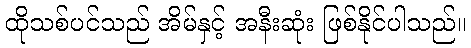
ထိုသစ်ပင်သည် အိမ်နှင့် အနီးဆုံး ဖြစ်နိုင်ပါသည်။